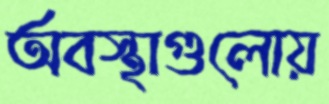
অবস্থাগুলোয়